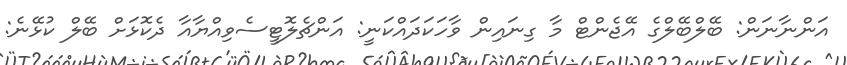
އަންނާނަން: ބޭލްބޭލްގެ އޭޖެންޓް މާ ގިނައިން ވާހަކަދައްކަނީ: އަންޗެލޮޓީސެވިއްޔާއާ ދެކޮޅަށް ބޭލް ކުޅޭނެ: